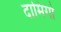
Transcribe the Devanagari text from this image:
दामिंगो